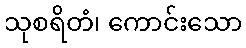
သုစရိတံ၊ ကောင်းသော